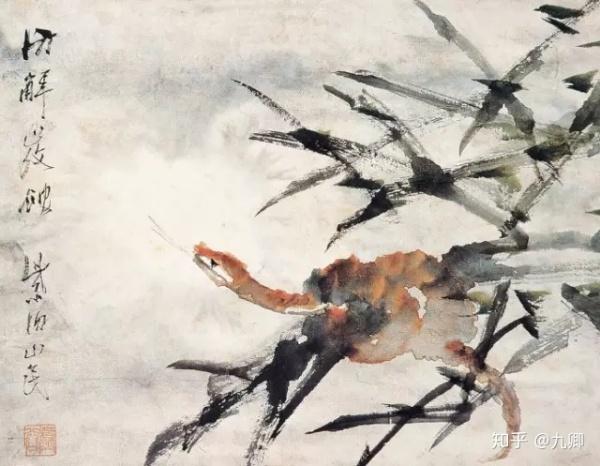
以卵投石也。尽天下之卵，其石犹是也，不可毁也